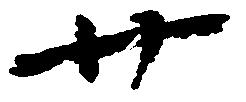
廿